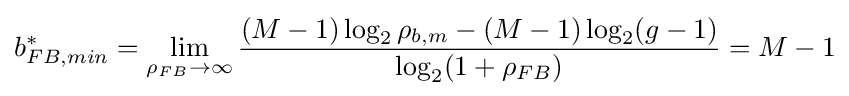
b_{FB,min}^{*}=\lim _{\rho _{FB}\to \infty }{\frac {(M-1)\log _{2}\rho _{b,m}-(M-1)\log _{2}(g-1)}{\log _{2}(1+\rho _{FB})}}=M-1